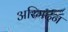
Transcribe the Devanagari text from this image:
अरिमर्दन